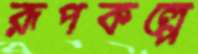
রূপকল্পে